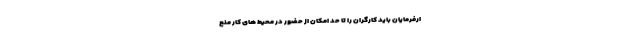
ارفرمایان باید کارگران را تا حد امکان از حضور در محیط های کار منع